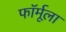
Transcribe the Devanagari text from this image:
फाॅर्मूला